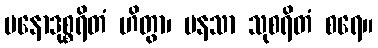
မနောဒုစ္စရိတံ ဟိတွာ၊ မနသာ သုစရိတံ စရေ။